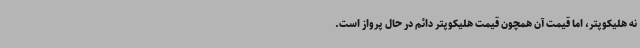
نه هلیکوپتر، اما قیمت آن همچون قیمت هلیکوپتر دائم در حال پرواز است.